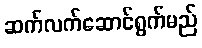
ဆက်လက်ဆောင်ရွက်မည်